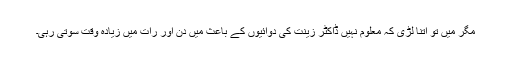
مگر میں تو اتنا لڑی کہ معلوم نہیں ڈاکٹر زینت کی دوائیوں کے باعث میں دن اور رات میں زیادہ وقت سوتی رہی۔